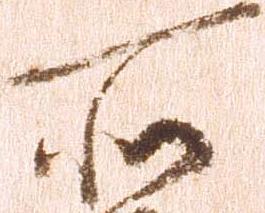
所